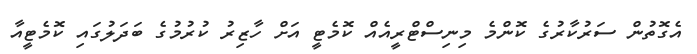
އެގޮތުން ސަރުކާރުގެ ކޮންމެ މިނިސްޓްރީއެއް ކޮމެޓީ އަށް ހާޒިރު ކުރުމުގެ ބަދަލުގައި ކޮމެޓީއާ